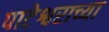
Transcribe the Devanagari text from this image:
पाटेश्वराच्या